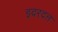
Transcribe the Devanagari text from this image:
इदरदत्त